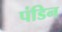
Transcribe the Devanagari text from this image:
पंडिन